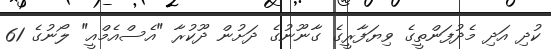
ކުދި އަދި މެދުފަންތީގެ ވިޔަފާރީގެ ގާނޫނުގެ ދަށުން ދޫކުރާ "އެސްއެމްއީ" ލޯނުގެ 61